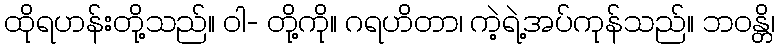
ထိုရဟန်းတို့သည်။ ဝါ- တို့ကို။ ဂရဟိတာ၊ ကဲ့ရဲ့အပ်ကုန်သည်။ ဘဝန္တိ၊